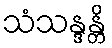
သံသန္ဒန္တိ